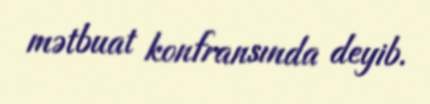
mətbuat konfransında deyib.